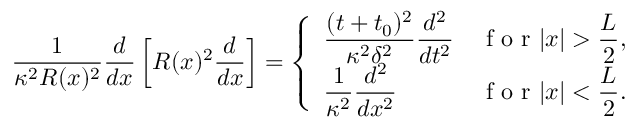
\frac { 1 } { \kappa ^ { 2 } R ( x ) ^ { 2 } } \frac { d } { d x } \left[ R ( x ) ^ { 2 } \frac { d } { d x } \right] = \left\{ \begin{array} { l l } { \displaystyle \frac { ( t + t _ { 0 } ) ^ { 2 } } { \kappa ^ { 2 } \delta ^ { 2 } } \frac { d ^ { 2 } } { d t ^ { 2 } } } & { \displaystyle \textrm { f o r } | x | > \frac { L } { 2 } , } \\ { \displaystyle \frac { 1 } { \kappa ^ { 2 } } \frac { d ^ { 2 } } { d x ^ { 2 } } } & { \displaystyle \textrm { f o r } | x | < \frac { L } { 2 } . } \end{array} \right.